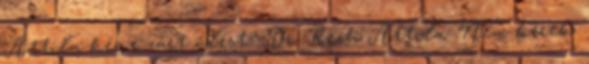
Attila kér-e zárt ülést? Dr. Rech Attila: Nem kérek.